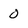
Character: 0